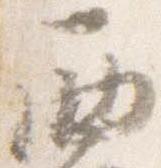
西